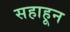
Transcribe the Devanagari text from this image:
सहाहून